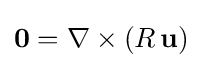
\mathbf {0} =\nabla \times (R\,\mathbf {u} )